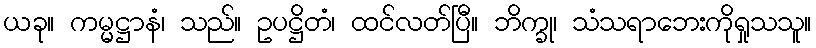
ယခု။ ကမ္မဋ္ဌာနံ၊ သည်။ ဥပဋ္ဌိတံ၊ ထင်လတ်ပြီ။ ဘိက္ခု၊ သံသရာဘေးကိုရှုသသူ။